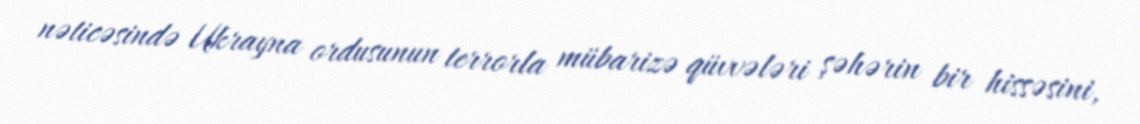
nəticəsində Ukrayna ordusunun terrorla mübarizə qüvvələri şəhərin bir hissəsini,